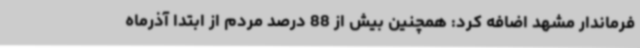
فرماندار مشهد اضافه کرد: همچنین بیش از 88 درصد مردم از ابتدا آذرماه